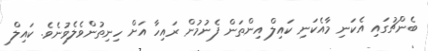
ބެންޗުގައި އެކަނި މާއެކަނި ކައިލް އިންތަން ފެނުމުން ރައިހާ އަށް ހިނިތުންވެލެވުނެވެ. ކައިލް